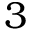
3